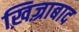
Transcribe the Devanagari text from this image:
ख़िज़्राबाद